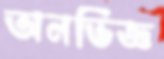
অনভিজ্ঞ